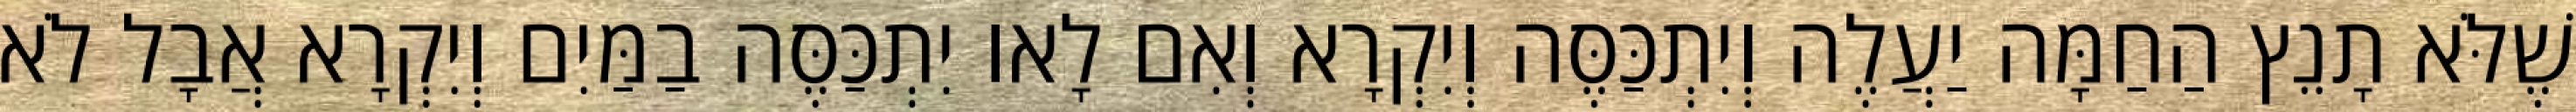
שֶׁלֹּא תָנֵץ הַחַמָּה יַעֲלֶה וְיִתְכַּסֶּה וְיִקְרָא וְאִם לָאו יִתְכַּסֶּה בַמַּיִם וְיִקְרָא אֲבָל לֹא